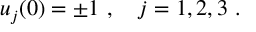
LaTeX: u _ { j } ( 0 ) = \pm 1 \ , \ \ \ j = 1 , 2 , 3 \ .